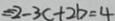
= 2 - 3 c + 2 b = 4